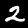
Label: 2